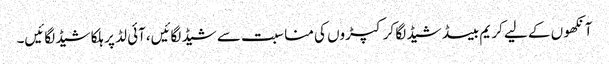
آنکھو ں کے لیے کر یم بیسڈ شیڈ لگا کر کپڑوں کی منا سبت سے شیڈ لگائیں،آئی لڈ پر ہلکا شیڈ لگائیں۔